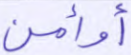
أوأمن